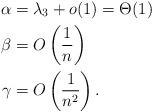
LaTeX: \begin{align*} \alpha &= \lambda_3 + o(1) = \Theta(1) \\ \beta &= O\left(\frac{1}{n} \right) \\ \gamma &= O\left(\frac{1}{n^2} \right).\end{align*}